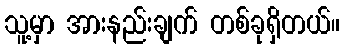
သူ့မှာ အားနည်းချက် တစ်ခုရှိတယ်။